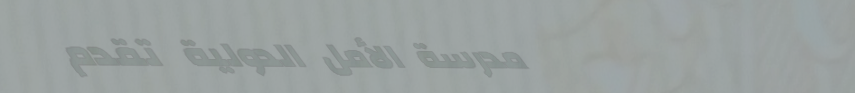
مدرسة الأمل الدولية تقدم